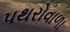
પથરોવાળા